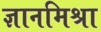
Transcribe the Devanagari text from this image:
ज्ञानमिश्रा